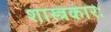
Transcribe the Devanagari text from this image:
शास्त्रकारः